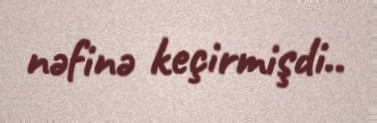
nəfinə keçirmişdi..